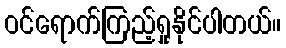
ဝင်ရောက်ကြည့်ရှုနိုင်ပါတယ်။